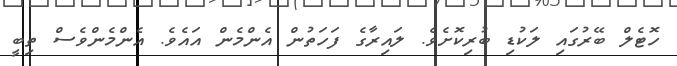
ހޮޓެލް ބޭރުގައި ލަކުޑި ބުރިކޮށެވެ. ލައިރާގެ ފަހަތުން އެންމެން އައެވެ. އެންމެންވެސް ތިބީ